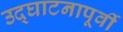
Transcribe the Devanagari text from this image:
उद्‌घाटनापूर्वी